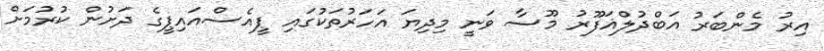
އިރު މެންބަރު އަބްދުލްޣަފޫރު މޫސާ ވަނީ މިދިޔަ އަހަރުތަކުގައި ޕީއެސްއައިޕީގެ ދަށުން ކުރުމަށް